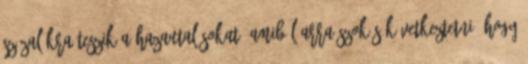
százalékra teszik a hazautalásokat, amiből arra szokás következtetni, hogy